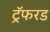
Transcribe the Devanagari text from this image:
ट्रॅफरड